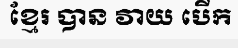
ខ្មែរ បាន វាយ បើក